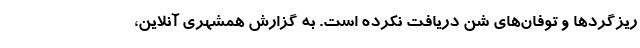
ریزگردها و توفان‌های شن دریافت نکرده است. به گزارش همشهری آنلاین،